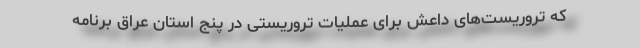
که تروریست‌های داعش برای عملیات تروریستی در پنج استان عراق برنامه